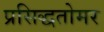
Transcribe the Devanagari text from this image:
प्रसिद्धतोमर